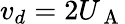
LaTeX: v_{d}=2U_{\mathrm{~A~}}